Report on sanitation, dispensaries, and jails in Rajputana for 1921, and on vaccination for the year 1921-1922 - 1921-1922
Year: 1921
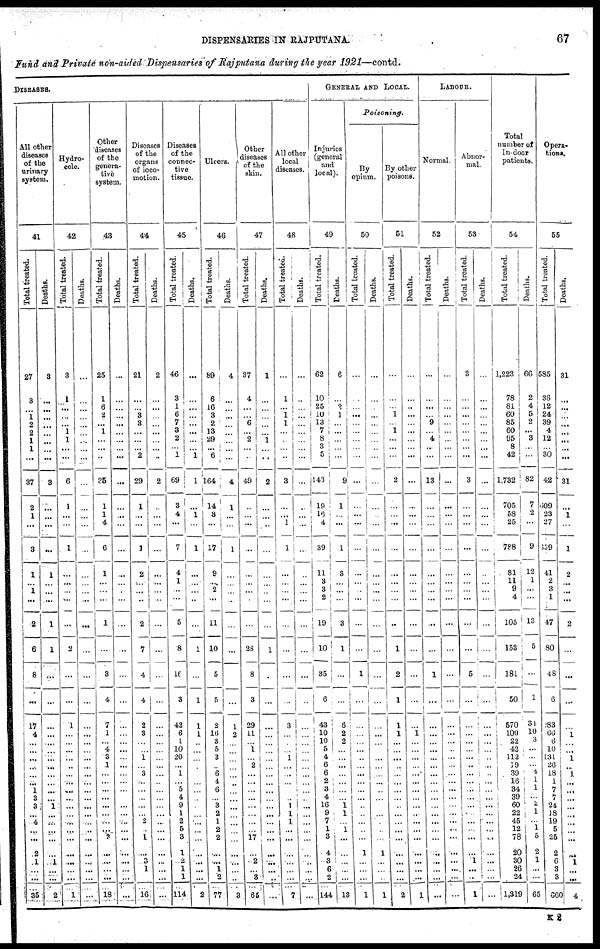
DISPENSARIES IN RAJPUTANA.
67
Fund and Private non-aided Dispensaries of Rajputana during the year 1921—contd.
DISEASES.
All other
diseases
of the
urinary
system.
41
Total treated.
27
3
...
1
2
2
1
1
...
37
2
1
...
3
1
...
1
...
2
6
8
...
17
4
...
...
...
...
...
...
1 3
3
...
4
...
...
2
1
... ...
35
Deaths.
3
...
...
...
...
...
...
...
...
3
...
...
...
...
1
...
...
...
1
1
...
...
...
...
...
...
...
...
...
...
...
...
1
...
11
...
...
...
1
...
...
2
Hydro¬
cele.
42
Total treated.
3
1
...
...
...
1
1
...
...
6
1
...
...
1
...
...
...
...
...
2
...
...
1
...
...
...
...
...
...
...
...
...
...
...
...
...
...
...
...
...
...
1
Deaths.
...
...
...
...
...
...
...
...
...
...
...
...
...
...
...
...
...
...
...
...
...
...
...
...
...
...
...
...
...
...
...
...
...
...
...
...
...
...
...
...
...
...
Other
diseases
of the
genera-
tive
system.
43
Total treated.
25
1
6
2
...
1
...
...
...
35
1
1
4
6
1
...
...
...
1
...
3
4
7
1
...
4
3
1
...
...
...
...
...
...
...
...
2
...
...
...
...
18
Deaths.
...
...
...
...
...
...
...
...
...
...
...
...
...
...
...
...
...
...
...
..
...
...
...
...
...
...
...
...
...
...
...
...
...
...
...
...
...
...
...
...
...
...
Diseases
of the
organs
of loco-
motion.
44
Total treated.
21
...
...
3
3
...
...
...
2
29
1
...
...
1
2
...
...
...
2
7
4
4
2
3
...
...
1
...
3
...
...
...
...
...
2
...
1
...
3
1
...
16
Deaths.
2
...
...
...
...
...
...
...
...
2
...
...
...
...
...
...
...
...
...
...
...
...
...
...
...
...
...
...
...
...
...
...
...
...
...
...
...
...
...
...
...
...
Diseases
of the
connec-
tive
tissue.
45
Total treated.
46
3
1
6
7
3
2
...
1
69
3
4
...
7
4
1
...
...
5
8
16
3
42
6
1
10
20
...
1
...
5
4
9
1
2
5
3
1
2
1
1
114
Deaths.
...
...
...
...
...
...
...
...
1
1
...
1
...
1
...
...
...
...
...
1
...
1
1
1
...
...
...
...
...
...
...
...
...
...
...
...
...
...
...
...
...
2
Ulcers.
46
Total treated.
89
6
16
3
2
13
29
...
6
164
14
3
...
17
9
...
2
...
11
10
5
5
2
16
3
5
3
...
6
4
6
...
3
2
1
2
2
...
....
1
2
77
Deaths.
4
...
...
...
...
...
...
...
...
4
1
...
...
1
...
...
...
...
...
...
...
...
1
2
...
...
...
...
...
...
...
...
...
...
...
...
...
...
...
...
...
3
Other
diseases
of the
skin.
47
Total treated.
37
4
...
...
6
...
2
...
...
49
...
...
...
...
...
...
...
...
...
28
8
3
29
11
...
1
...
2
...
...
...
...
...
...
...
...
17
...
2
... 3
65
Deaths.
1
...
...
...
...
...
1
...
...
2
...
...
...
...
...
...
...
...
...
1
...
...
...
...
...
...
...
...
...
...
...
...
...
...
...
...
...
...
...
...
...
...
All other
local
diseases.
48
Total treated.
...
1
...
1
1
...
...
...
...
3
...
...
1
1
...
...
...
...
...
...
...
...
3
...
...
...
1
...
...
...
...
...
1
1
1
...
...
...
...
...
...
7
Deaths.
...
...
...
. ..
...
...
...
...
...
...
...
...
...
...
...
...
...
...
...
...
...
...
...
...
...
...
...
...
...
...
...
...
...
...
...
...
...
...
...
...
...
...
GENERAL AND LOCAL.
Injuries
(general
and
local).
49
Total treated.
62
10
25
10
13
7
8
3
5
143
19
16
4
39
11
3
3
2
19
10
35
6
43
10
10
5
4
6
6
2
3
4
16
9
7
1
3
4
3
6
2
144
Deaths.
6
...
2
1
...
...
...
...
...
9
1
...
...
1
3
...
...
...
3
1
...
...
6
2
2
...
...
...
...
...
...
...
1
1
...
1
...
...
...
...
...
18
Poisoning.
By
opium.
50
Total treated.
...
...
...
...
...
...
...
...
...
...
...
...
...
...
...
...
...
...
...
...
1
...
...
...
...
...
...
...
...
...
...
...
...
...
...
...
...
1
...
...
...
1
Deaths.
...
...
...
...
...
...
...
...
...
...
...
...
...
...
...
...
...
...
...
...
...
...
...
...
...
...
...
...
...
...
...
...
...
...
...
...
...
1
...
...
...
1
By other
poisons.
51
Total treated.
...
...
...
1
...
1
...
...
...
2
...
...
...
...
...
...
...
...
...
1
2
1
1
1
...
...
...
...
...
...
...
...
...
...
...
...
...
...
...
...
...
2
Deaths.
...
...
...
...
...
...
...
...
...
...
...
...
...
...
...
...
...
...
...
...
...
...
...
1
...
...
...
...
...
...
...
...
...
...
...
...
...
...
...
...
...
1
LABOUR.
Normal.
52
Total treated.
...
...
...
...
9
...
4
...
...
13
...
...
...
...
...
...
...
...
...
...
1
...
...
...
...
...
...
...
...
...
...
...
...
...
...
...
...
...
...
...
...
...
Deaths.
...
...
...
...
...
...
...
...
...
...
...
...
...
...
...
...
...
...
...
...
...
...
...
...
...
...
...
...
...
...
...
...
...
...
...
...
...
...
...
...
...
...
Abnor-
mal.
53
Total treated.
3
...
...
...
...
...
...
...
...
3
...
...
...
...
...
...
...
...
...
...
5
...
...
...
...
...
...
...
...
...
...
...
...
...
...
...
...
...
1
...
...
1
Deaths.
...
...
...
...
...
...
...
...
...
...
...
...
...
...
...
...
...
...
...
...
...
...
...
...
...
...
...
...
...
...
...
...
...
...
...
...
...
...
...
... ...
...
Total
number of
In-door
patients.
54
Total treated.
1,223
78
81
60
85
60
95
8
42
1,732
705
58
25
788
81
11
9
4
105
153
181
50
570
109
22
42
112
19
39
16
34
39
60
22
45
12
78
20
30
26
24
1,319
Deaths.
66
2
4
5
2
...
3
...
...
82
7
2
...
9
12
1
...
...
13
5
...
1
34
10
3
...
...
... 4
1
1
...
2
1
...
1
5
2
1
...
...
65
Opera-
tions.
55
Total treated.
585
36
12
24
39
4
12
...
30
42
609
23
27
659
41
2
3
1
47
80
48
6
183
66
6
10
131
26
18
1
7
7
24
18
19
5
25
2
6
3
3
660
Deaths.
31
...
...
...
...
...
...
...
...
31
...
1
...
1
2
...
...
...
2
...
...
...
...
1
...
...
1
...
1
...
...
...
...
...
...
...
...
...
1
...
...
4
K2